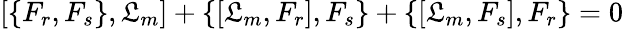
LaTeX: \left[\{ F_{r},F_{s}\} ,\mathfrak{L}_{m}\right]+\{ [\mathfrak{L}_{m},F_{r}],F_{s}\} +\{ [\mathfrak{L}_{m},F_{s}],F_{r}\} =0